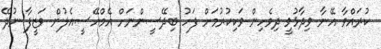
ކުރައްވާ އޭނާ ވިދާޅުވީ ދިވެހިން ވަކިކުރުމަށް ފަހު ބިދޭސީންނަށް އެމްއޭސީއެލުން ވަޒީފާ ނުދޭ